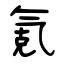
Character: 氪